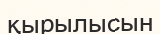
қырылысын